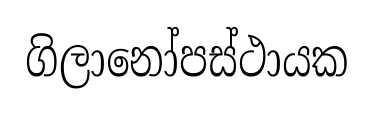
ගිලානෝපස්ථායක